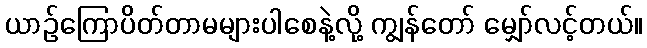
ယာဉ်ကြောပိတ်တာမများပါစေနဲ့လို့ ကျွန်တော် မျှော်လင့်တယ်။